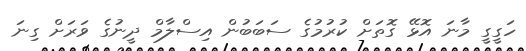
ހަގީގީ މާނަ އޮޅޭ ގޮތަށް ކުރުމުގެ ސަބަބުން އިސްލާމް ދީނުގެ ވަރަށް ގިނަ